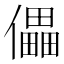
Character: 儡